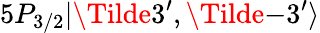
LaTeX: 5P_{3/2}|\Tilde{3^{\prime}},\Tilde{-3^{\prime}}\rangle